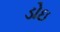
ડોઇ